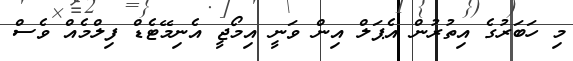
މި ހަބަރުގެ އިތުރުން އެޕަލް އިން ވަނީ އިމޯޖީ އެނިމޭޓެޑް ފިލްމެއް ވެސް